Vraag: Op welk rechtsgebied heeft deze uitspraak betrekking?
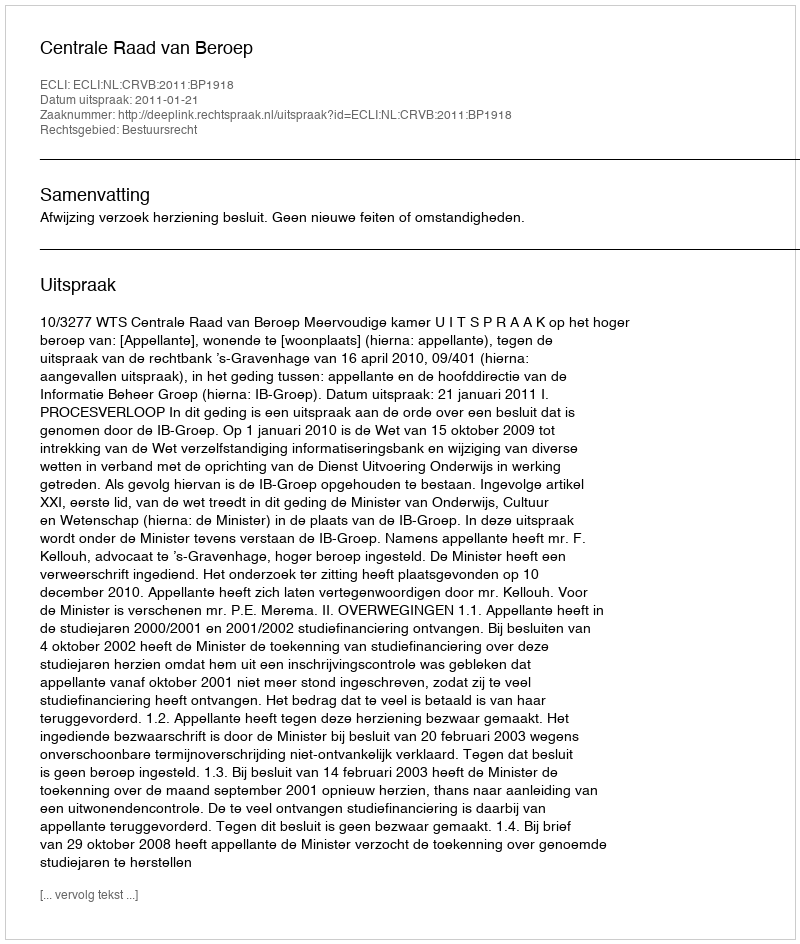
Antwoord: Bestuursrecht